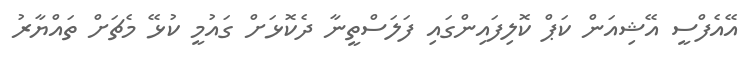
އޭއެފްސީ އޭޝިއަން ކަޕް ކޮލިފައިންގައި ފަލަސްތީނާ ދެކޮޅަށް ގައުމީ ކުޅޭ މެޗަށް ތައްޔާރު